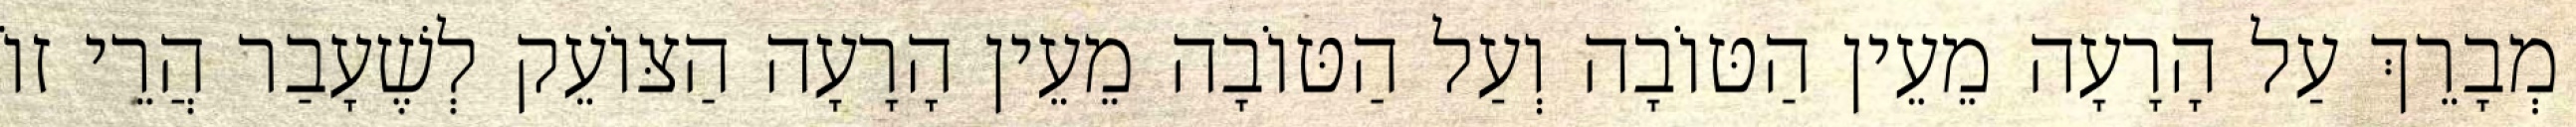
מְבָרֵךְ עַל הָרָעָה מֵעֵין הַטּוֹבָה וְעַל הַטּוֹבָה מֵעֵין הָרָעָה הַצּוֹעֵק לְשֶׁעָבַר הֲרֵי זוֹ